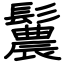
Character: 鬞